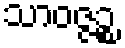
သာဝဇ္ဇဉ္စ